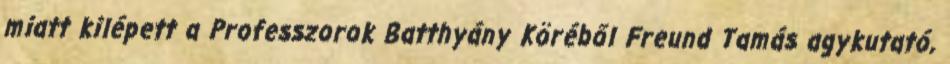
miatt kilépett a Professzorok Batthyány Köréből Freund Tamás agykutató,